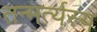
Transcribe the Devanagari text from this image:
तन्मर्त्यस्य